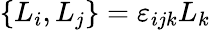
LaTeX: \left\{ L_{i},L_{j}\right\} =\varepsilon_{ijk}L_{k}